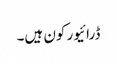
ڈرائیور کون ہیں۔